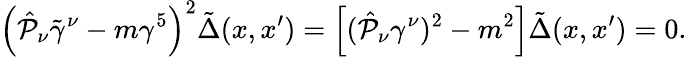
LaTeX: \left(\hat{{\cal P}}_{\nu}\tilde{\gamma}^{\nu}-m\gamma^{5}\right)^{2}\tilde{\Delta}(x,x^{\prime})=\left[(\hat{{\cal P}}_{\nu}\gamma^{\nu})^{2}-m^{2}\right]\tilde{\Delta}(x,x^{\prime})=0.